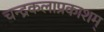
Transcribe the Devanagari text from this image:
चन्द्रकलाप्रकाशम्